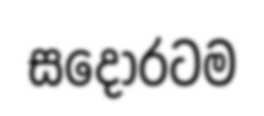
සදොරටම